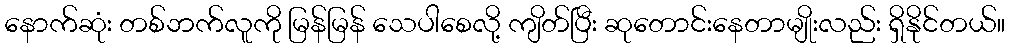
နောက်ဆုံး တစ်ဘက်လူကို မြန်မြန် သေပါစေလို့ ကျိတ်ပြီး ဆုတောင်းနေတာမျိုးလည်း ရှိနိုင်တယ်။